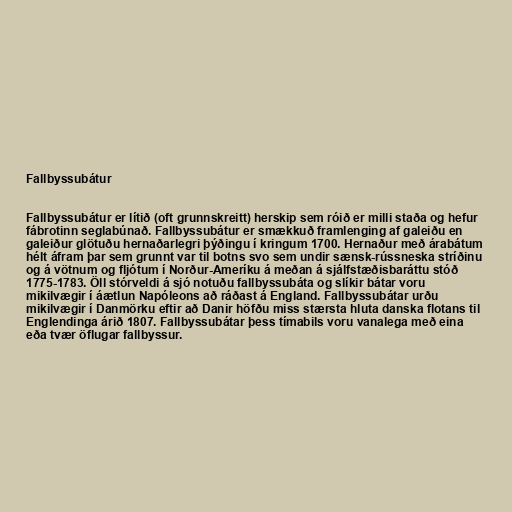
Fallbyssubátur

Fallbyssubátur er lítið (oft grunnskreitt) herskip sem róið er milli staða og hefur
fábrotinn seglabúnað. Fallbyssubátur er smækkuð framlenging af galeiðu en
galeiður glötuðu hernaðarlegri þýðingu í kringum 1700. Hernaður með árabátum
hélt áfram þar sem grunnt var til botns svo sem undir sænsk-rússneska stríðinu
og á vötnum og fljótum í Norður-Ameríku á meðan á sjálfstæðisbaráttu stóð
1775-1783. Öll stórveldi á sjó notuðu fallbyssubáta og slíkir bátar voru
mikilvægir í áætlun Napóleons að ráðast á England. Fallbyssubátar urðu
mikilvægir í Danmörku eftir að Danir höfðu miss stærsta hluta danska flotans til
Englendinga árið 1807. Fallbyssubátar þess tímabils voru vanalega með eina
eða tvær öflugar fallbyssur.